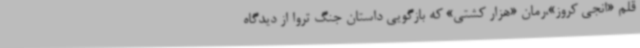
قلم «انجی کروز»،رمان «هزار کشتی» که بازگویی داستان جنگ تروا از دیدگاه